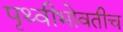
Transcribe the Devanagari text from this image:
पृथ्वीभोवतीच